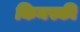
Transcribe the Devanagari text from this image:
किनस्की